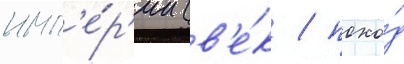
имп'е́р'ии (в'е́к / похо́д